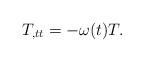
LaTeX: \begin{align*}T_{,tt}=-\omega(t)T. \end{align*}